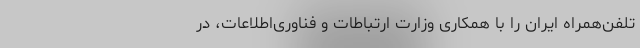
تلفن‌همراه ایران را با همکاری وزارت ارتباطات و فناوری‌اطلاعات، در